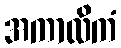
အကာလိကံ